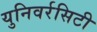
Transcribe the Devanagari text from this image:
युनिवर्रसिटी